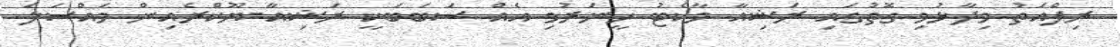
ރިފްއަތު ވިދާޅުވި ގޮތުގައި ރަޝިއާ މާކެޓު ހީނަރުވި އެއް ސަބަބަކީ ރަޝިއާ-ޔޫކްރެއިން މައްސަލަ